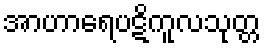
အာဟာရေပဋိကူလသုတ္တ